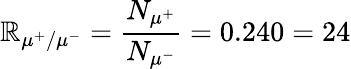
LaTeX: \mathbb{R}_{\mu^{+}/\mu^{-}}=\frac{{N_{\mu^{+}}}}{{N_{\mu^{-}}}}=0.240=24